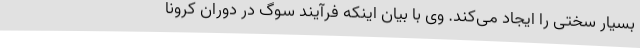
بسیار سختی را ایجاد می‌کند. وی با بیان اینکه فرآیند سوگ در دوران کرونا